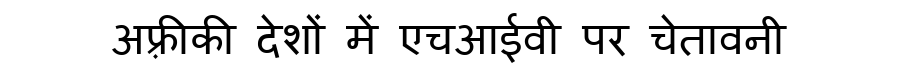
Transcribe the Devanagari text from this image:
अफ़्रीकी देशों में एचआईवी पर चेतावनी